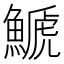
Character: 𩺛